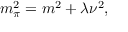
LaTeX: m _ { \pi } ^ { 2 } = m ^ { 2 } + \lambda \nu ^ { 2 } ,